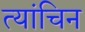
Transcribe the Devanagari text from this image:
त्यांचिन